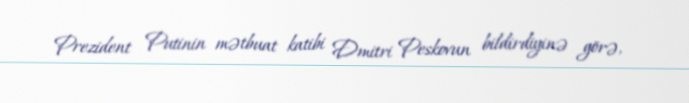
Prezident Putinin mətbuat katibi Dmitri Peskovun bildirdiyinə görə,